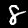
Digit: 8